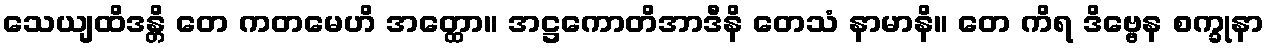
သေယျထိဒန္တိ တေ ကတမေဟိ အတ္ထော။ အဋ္ဌကောတိအာဒီနိ တေသံ နာမာနိ။ တေ ကိရ ဒိဗ္ဗေန စက္ခုနာ